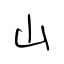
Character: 山